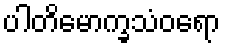
ပါတိမောက္ခသံဝရော